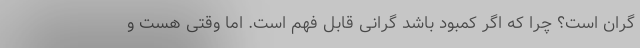
گران است؟ چرا که اگر کمبود باشد گرانی قابل فهم است. اما وقتی هست و